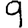
Digit: 9